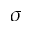
\sigma